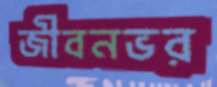
জীবনভর